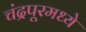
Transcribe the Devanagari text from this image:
चंद्रपूरमध्ये